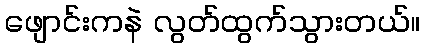
ဖျောင်းကနဲ လွတ်ထွက်သွားတယ်။